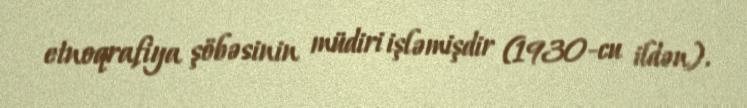
etnoqrafiya şöbəsinin müdiri işləmişdir (1930-cu ildən).